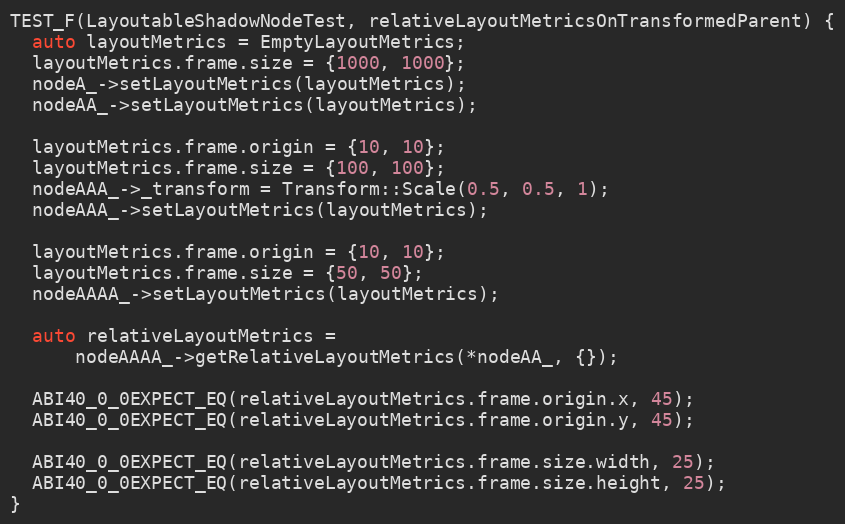
Language: C++
TEST_F(LayoutableShadowNodeTest, relativeLayoutMetricsOnTransformedParent) {
  auto layoutMetrics = EmptyLayoutMetrics;
  layoutMetrics.frame.size = {1000, 1000};
  nodeA_->setLayoutMetrics(layoutMetrics);
  nodeAA_->setLayoutMetrics(layoutMetrics);

  layoutMetrics.frame.origin = {10, 10};
  layoutMetrics.frame.size = {100, 100};
  nodeAAA_->_transform = Transform::Scale(0.5, 0.5, 1);
  nodeAAA_->setLayoutMetrics(layoutMetrics);

  layoutMetrics.frame.origin = {10, 10};
  layoutMetrics.frame.size = {50, 50};
  nodeAAAA_->setLayoutMetrics(layoutMetrics);

  auto relativeLayoutMetrics =
      nodeAAAA_->getRelativeLayoutMetrics(*nodeAA_, {});

  ABI40_0_0EXPECT_EQ(relativeLayoutMetrics.frame.origin.x, 45);
  ABI40_0_0EXPECT_EQ(relativeLayoutMetrics.frame.origin.y, 45);

  ABI40_0_0EXPECT_EQ(relativeLayoutMetrics.frame.size.width, 25);
  ABI40_0_0EXPECT_EQ(relativeLayoutMetrics.frame.size.height, 25);
}